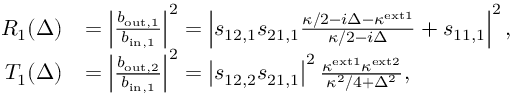
\begin{array} { r l } { R _ { 1 } ( \Delta ) } & { = \left| \frac { b _ { \mathrm { o u t , 1 } } } { b _ { \mathrm { i n , 1 } } } \right| ^ { 2 } = \left| s _ { 1 2 , 1 } s _ { 2 1 , 1 } \frac { \kappa / 2 - i \Delta - \kappa ^ { \mathrm { e x t 1 } } } { \kappa / 2 - i \Delta } + s _ { 1 1 , 1 } \right| ^ { 2 } , } \\ { T _ { 1 } ( \Delta ) } & { = \left| \frac { b _ { \mathrm { o u t , 2 } } } { b _ { \mathrm { i n , 1 } } } \right| ^ { 2 } = \left| s _ { 1 2 , 2 } s _ { 2 1 , 1 } \right| ^ { 2 } \frac { \kappa ^ { \mathrm { e x t 1 } } \kappa ^ { \mathrm { e x t 2 } } } { \kappa ^ { 2 } / 4 + \Delta ^ { 2 } } , } \end{array}